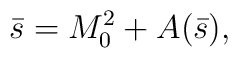
\bar s=M^2_0+A(\bar s),